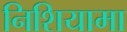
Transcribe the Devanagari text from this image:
निशियामा